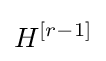
H^{\left[r-1\right]}